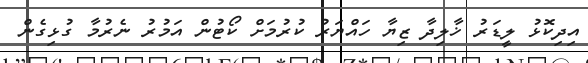
އިދިކޮޅު ލީޑަރު ޚާލިދާ ޒިޔާ ހައްޔަރު ކުރުމަށް ކޯޓުން އަމުރު ނެރުމާ ގުޅިގެން